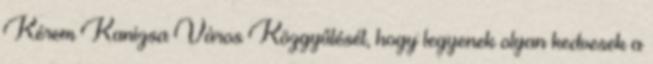
Kérem Kanizsa Város Közgyűlését, hogy legyenek olyan kedvesek a